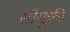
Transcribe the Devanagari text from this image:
सीयूकी